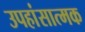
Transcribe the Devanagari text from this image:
उपहांसात्मक